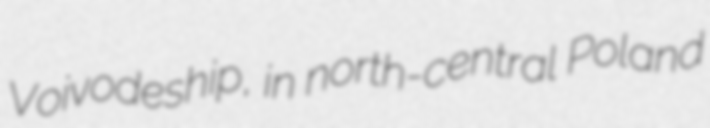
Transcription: Voivodeship, in north-central Poland